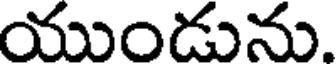
యుండును.